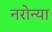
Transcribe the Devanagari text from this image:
नरोन्या